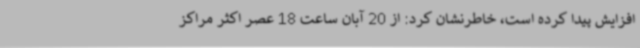
افزایش پیدا کرده است، خاطرنشان کرد: از 20 آبان ساعت 18 عصر اکثر مراکز